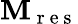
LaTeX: \mathbf{M}_{\mathrm{{~r~e~s~}}}